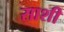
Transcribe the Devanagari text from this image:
साशी